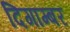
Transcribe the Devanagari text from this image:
दिगाम्बर